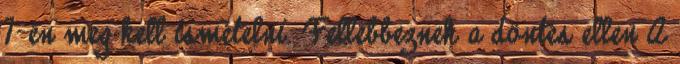
7-én meg kell ismételni. Fellebbeznek a döntés ellen A